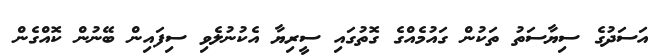
އަސަދުގެ ސިޔާސަތު ތަކުން ގައުމެއްގެ ގޮތުގައި ސީރިޔާ އެކުނުލެވި ސިފައިން ބޭނުން ކޮއްގެން